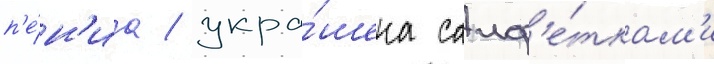
п'е́н'иа / укра́шена салф'е́ткам'и